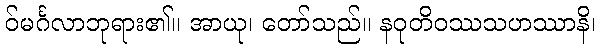
ဝ်မင်္ဂလာဘုရား၏။ အာယု၊ တော်သည်။ နဝုတိဝဿသဟဿာနိ၊